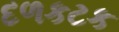
દળકટક